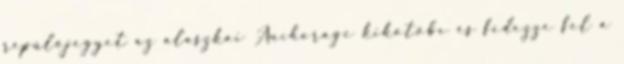
repülőjegyet az alaszkai Anchorage kikötőbe és fedezze fel a